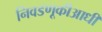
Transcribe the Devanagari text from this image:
निवडणूकीआधी